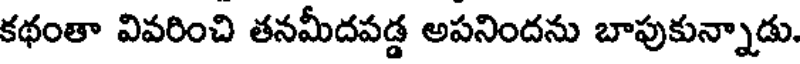
కథంతా వివరించి తనమీదపడ్డ అపనిందను బాపుకున్నాడు.